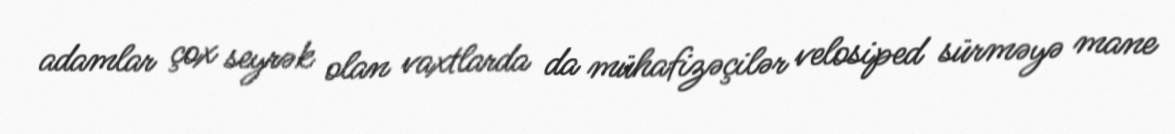
adamlar çox seyrək olan vaxtlarda da mühafizəçilər velosiped sürməyə mane